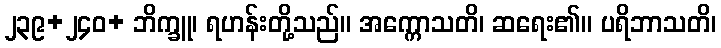
၂၃၉+၂၄၀+ ဘိက္ခူ၊ ရဟန်းတို့သည်။ အက္ကောသတိ၊ ဆရေး၏။ ပရိဘာသတိ၊